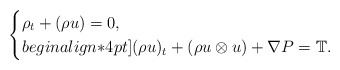
\begin{align*}\begin{cases}\rho_t+(\rho u)=0,\\begin{align*}4pt](\rho u)_t+(\rho u\otimes u) +\nabla P = \mathbb{T}.\end{cases}\end{align*}